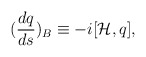
\begin{align*}(\frac{dq}{ds})_B\equiv -i[{\cal H},q],\end{align*}